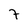
Character: 7